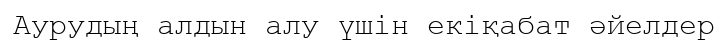
Аурудың алдын алу үшін екіқабат әйелдер